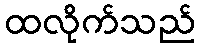
ထလိုက်သည်